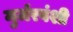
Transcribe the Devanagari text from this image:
मुर्जरवंशी